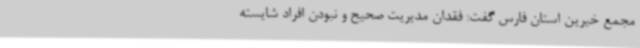
مجمع خیرین استان فارس گفت: فقدان مدیریت صحیح و نبودن افراد شایسته